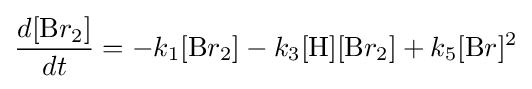
{\frac {d[{\ce {B}}r_{2}]}{dt}}=-k_{1}[{\ce {B}}r_{2}]-k_{3}[{\ce {H}}][{\ce {B}}r_{2}]+k_{5}[{\ce {B}}r]^{2}